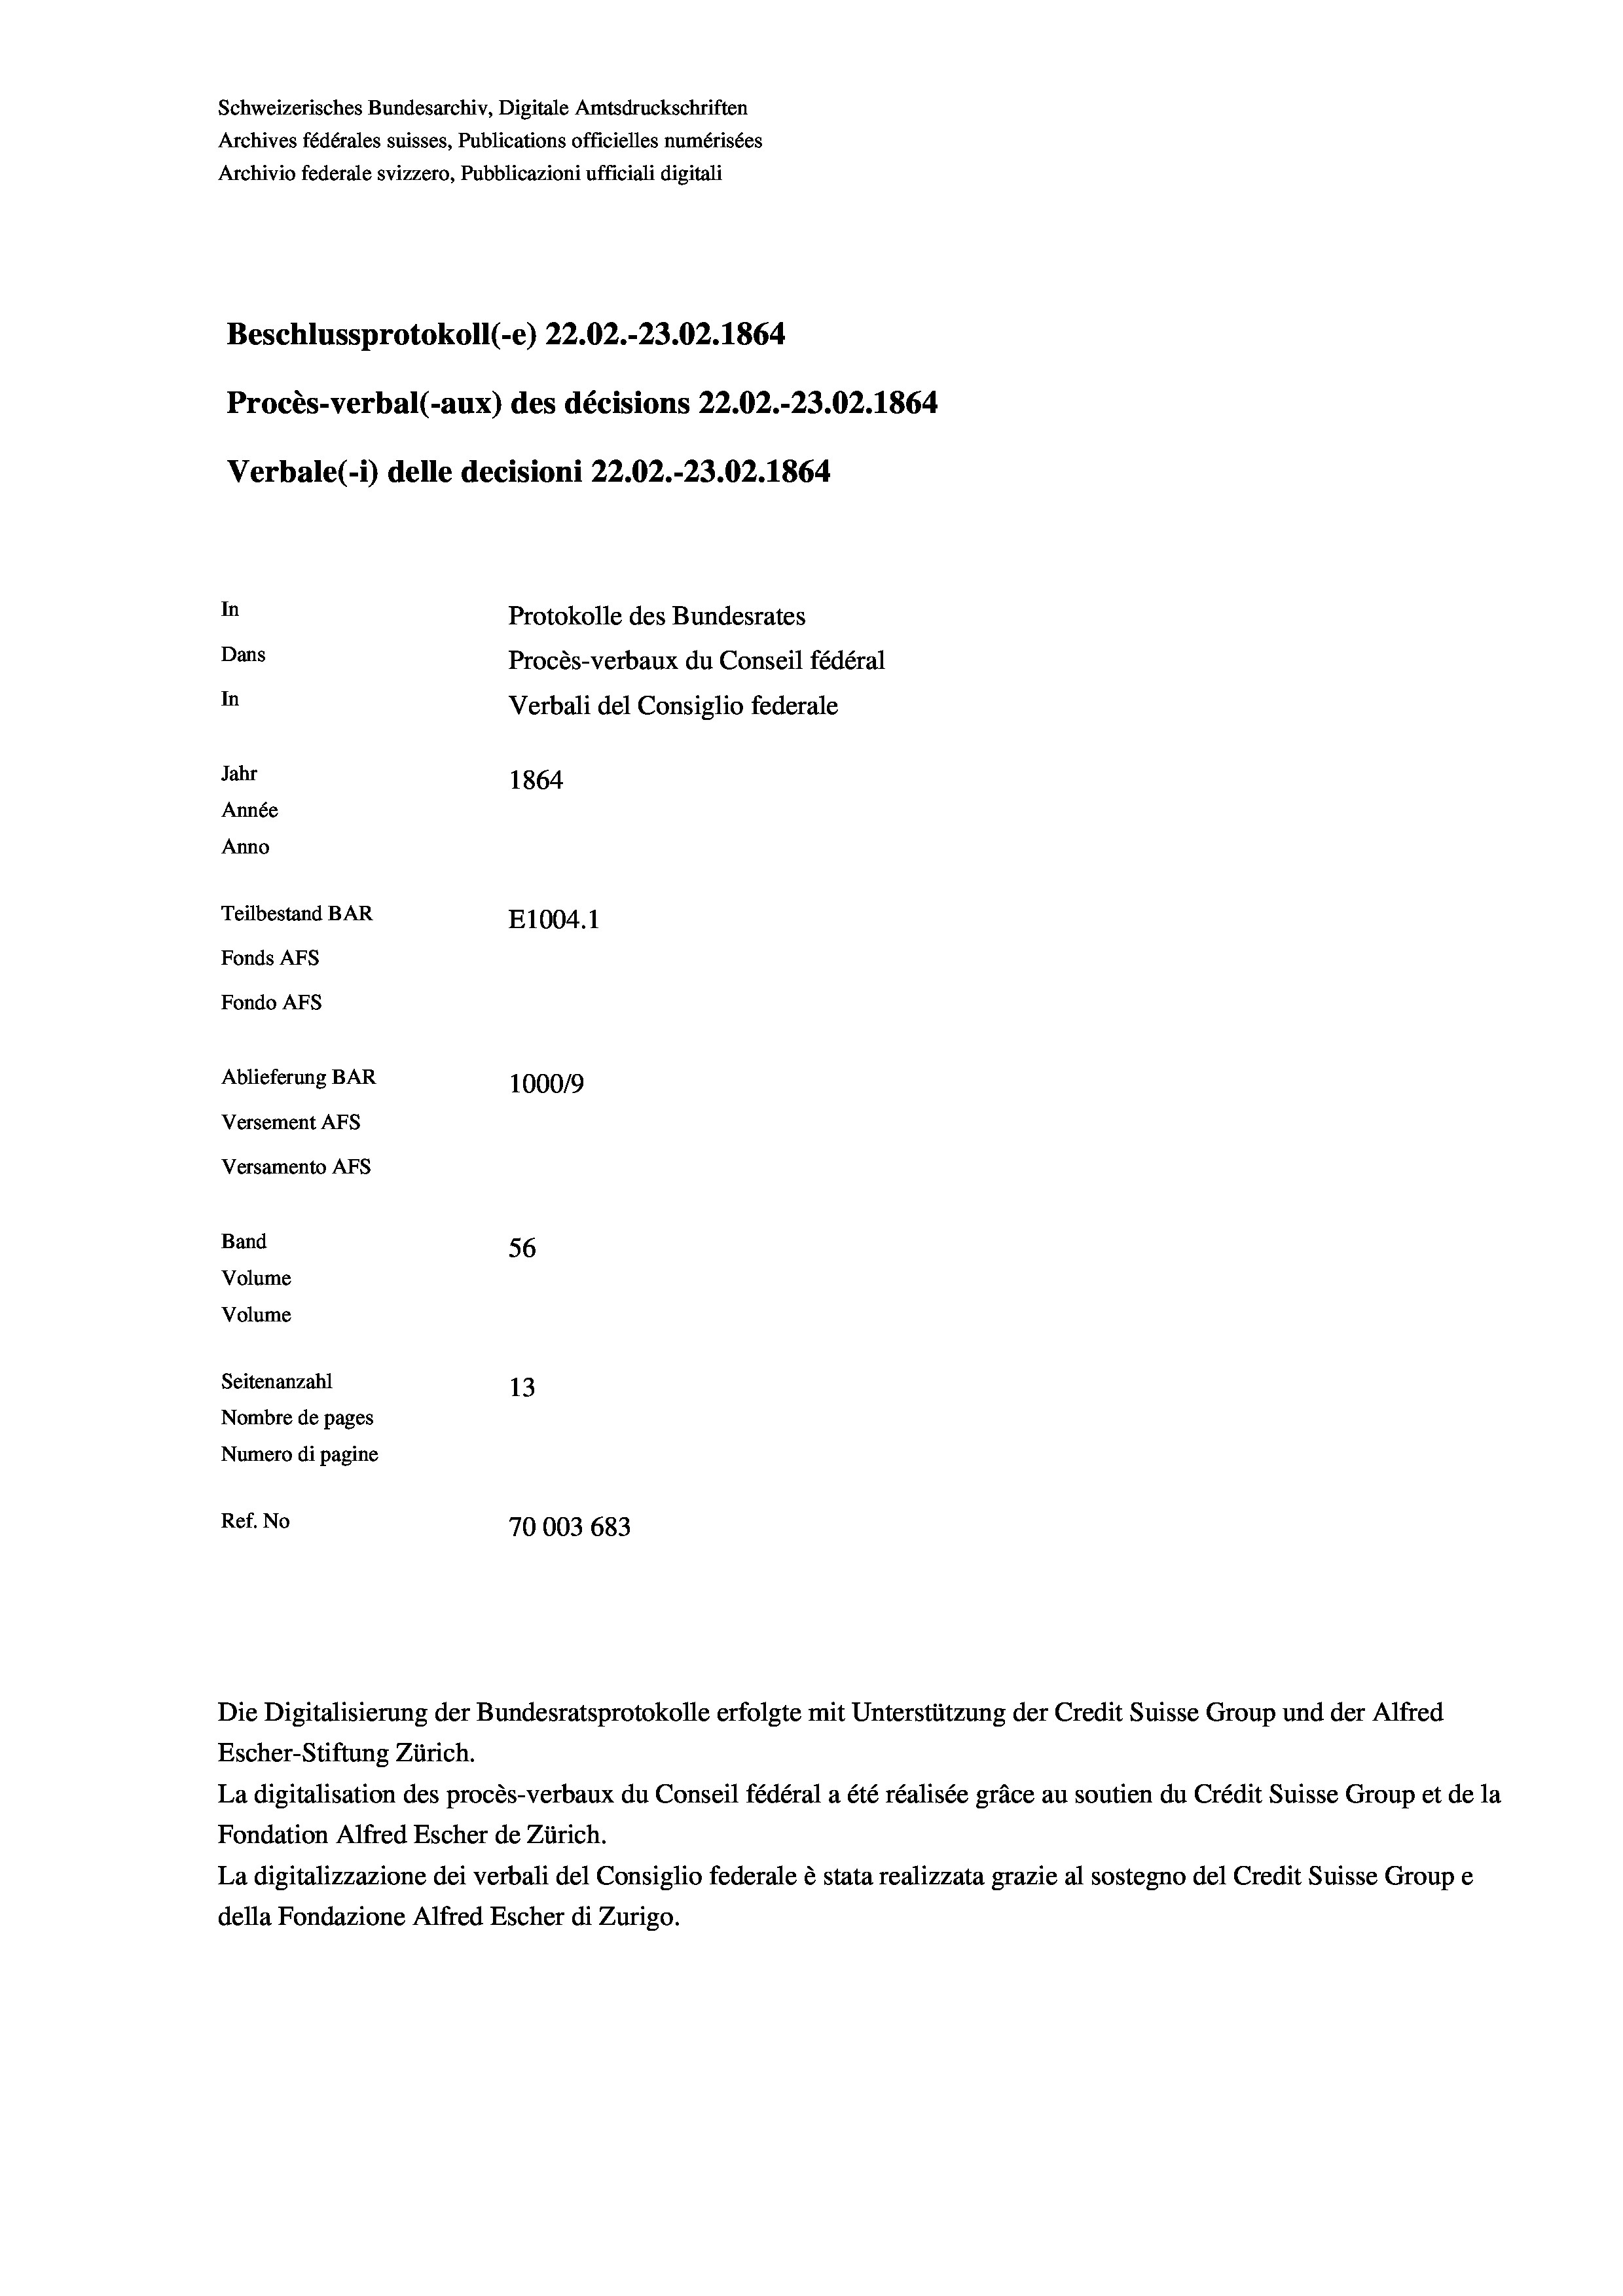
Procès-verbal (-aux) des décisions 22.02.-23.02. 1864
In
Protokolle des Bundesrates
Dans
Procès-verbaux du Conseil fédéral
In
Verbali del Consiglio federale
Jahr
1864
Année
Anno
Teilbestand BAR
E1004. 1
Fonds AFs
Fondo AFs

Ablieferung BAR
Versement AFs
Versamento AFs
Band
Volume
Volume
Seitenanzahl

Schweizerisches Bundesarchiv, Digitale Amtsdruckschriften
Archives fédérales suisses, Publications officielles numérisées
Archivio federale svizzero, Pubblicazioni ufficiali digitali

Verbale (i) delle decisioni 22.02.-23.02. 1864

Beschlussprotokoll (-e) 22.02.-23.02. 1864

100019
56
13
Nombre de pages
Numero di pagine
Ref. No
70003 683

Escher-Stiftung Zürich.
La digitalisation des procès-verbaux du Conseil fédéral a été réalisée gräce au soutien du Crédit Suisse Group et de la
Fondation Alfred Escher de Zürich.
La digitalizzazione dei verbali del Consiglio federale è stata realizzata grazie al sostegno del Credit Suisse Groupe
della Fondazione Alfred Escher di Zurigo.

Die Digitalisierung der Bundesratsprotokolle erfolgte mit Unterstützung der Credit Suisse Group und der Alfred